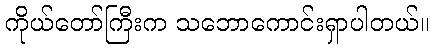
ကိုယ်တော်ကြီးက သဘောကောင်းရှာပါတယ်။